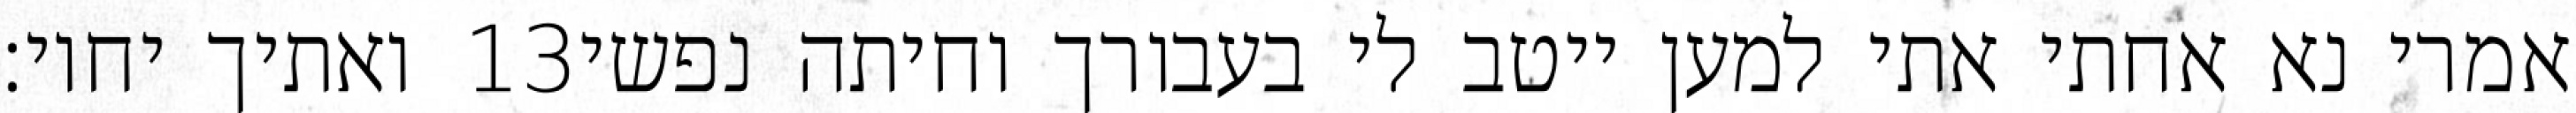
ואתיך יחיו׃ ‎13‏ אמרי נא אחתי אתי למען ייטב לי בעבורך וחיתה נפשי